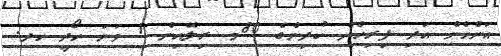
އަންހެން އަދި ފިރިހެން ކުދިންގެ 80މ ރިލޭއިން 1 ވަނަ ހޯދީ ހދ.